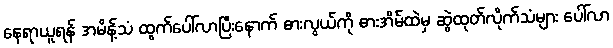
နေရာယူရန် အမိန့်သံ ထွက်ပေါ်လာပြီးနောက် ဓားလွယ်ကို ဓားအိမ်ထဲမှ ဆွဲထုတ်လိုက်သံများ ပေါ်လာ